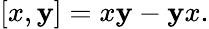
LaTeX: [x,\mathbf{y}]=x\mathbf{y}-\mathbf{y}x.